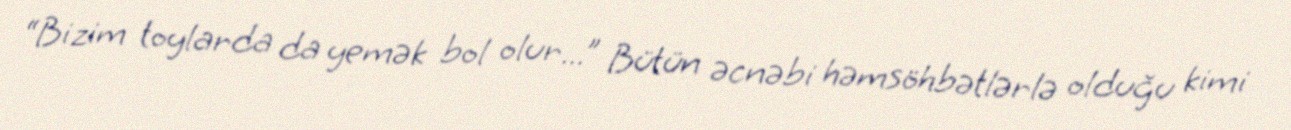
“Bizim toylarda da yemək bol olur...” Bütün əcnəbi həmsöhbətlərlə olduğu kimi